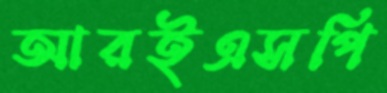
আরইএসপি